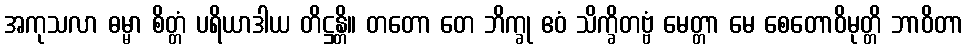
အကုသလာ ဓမ္မာ စိတ္တံ ပရိယာဒါယ တိဋ္ဌန္တိ။ တတော တေ ဘိက္ခု ဧဝံ သိက္ခိတဗ္ဗံ မေတ္တာ မေ စေတောဝိမုတ္တိ ဘာဝိတာ